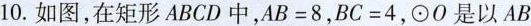
10.如图，在矩形ABCD中，$$A B = 8$$，$$B C = 4$$，\odot O是以AB